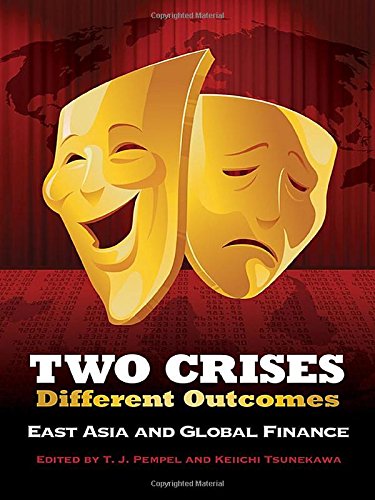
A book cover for Two Crises, Different Outcomes: East Asia and Global Finance (Cornell Studies in Political Economy); Business & Money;